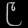
Digit: ၉